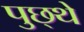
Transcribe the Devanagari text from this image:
पुछ्थे